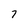
Character: 7